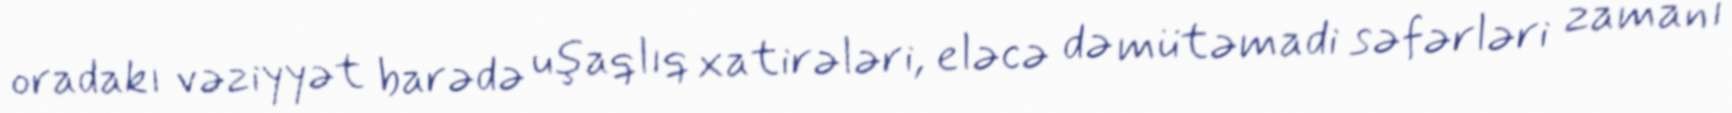
oradakı vəziyyət barədə uşaqlıq xatirələri, eləcə də mütəmadi səfərləri zamanı